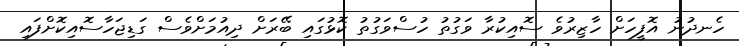
ހެނދުނު އޮފީހަށް ހާޒިރުވެ ސޮއިކުރާ ވަގުތު ހުސްވަގުތު ކޮޅުގައި ބޭރަށް ދިއުމަށްވެސް ގަޑިޖަހާސޮއިކޮށްފައި